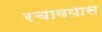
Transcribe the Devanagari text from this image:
रचावयास